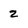
Character: 2